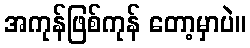
အကုန်ဖြစ်ကုန် တော့မှာပဲ။